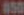
450